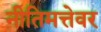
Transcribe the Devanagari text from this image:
नीतिमत्तेवर